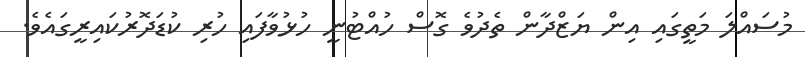
މުސައްލަ މަތީގައި އިން ޔަޒްދާން ތެދުވެ ގޮސް ހުއްޓުނީ ހުޅުވާފައި ހުރި ކުޑަދޮރުކައިރީގައެވެ.